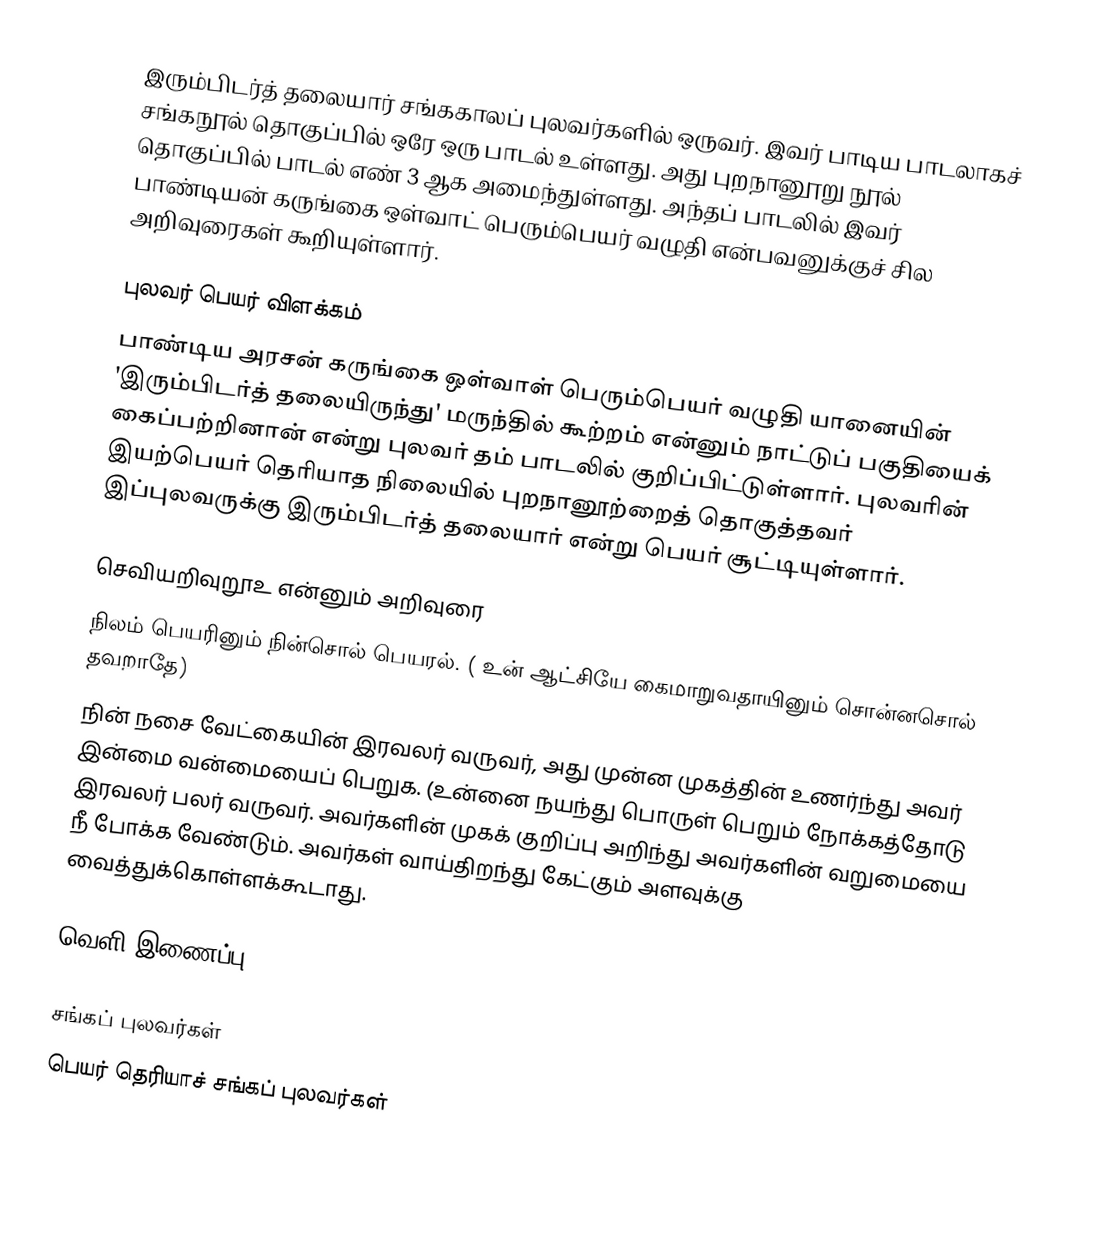
இரும்பிடர்த் தலையார் சங்ககாலப் புலவர்களில் ஒருவர். இவர் பாடிய பாடலாகச் சங்கநூல் தொகுப்பில் ஒரே ஒரு பாடல் உள்ளது. அது புறநானூறு நூல் தொகுப்பில் பாடல் எண் 3  ஆக அமைந்துள்ளது. அந்தப் பாடலில் இவர் பாண்டியன் கருங்கை ஒள்வாட் பெரும்பெயர் வழுதி என்பவனுக்குச் சில அறிவுரைகள் கூறியுள்ளார்.

புலவர் பெயர் விளக்கம்
பாண்டிய அரசன் கருங்கை ஒள்வாள் பெரும்பெயர் வழுதி யானையின் 'இரும்பிடர்த் தலையிருந்து' மருந்தில் கூற்றம் என்னும் நாட்டுப் பகுதியைக் கைப்பற்றினான் என்று புலவர் தம் பாடலில் குறிப்பிட்டுள்ளார். புலவரின் இயற்பெயர் தெரியாத நிலையில் புறநானூற்றைத் தொகுத்தவர் இப்புலவருக்கு இரும்பிடர்த் தலையார் என்று பெயர் சூட்டியுள்ளார்.

செவியறிவுறூஉ என்னும் அறிவுரை
 நிலம் பெயரினும் நின்சொல் பெயரல். ( உன் ஆட்சியே கைமாறுவதாயினும் சொன்னசொல் தவறாதே)
 நின் நசை வேட்கையின் இரவலர் வருவர், அது முன்ன முகத்தின் உணர்ந்து அவர் இன்மை வன்மையைப் பெறுக. (உன்னை நயந்து பொருள் பெறும் நோக்கத்தோடு இரவலர் பலர் வருவர். அவர்களின் முகக் குறிப்பு அறிந்து அவர்களின் வறுமையை நீ போக்க வேண்டும். அவர்கள் வாய்திறந்து கேட்கும் அளவுக்கு வைத்துக்கொள்ளக்கூடாது.

வெளி இணைப்பு

சங்கப் புலவர்கள்
பெயர் தெரியாச் சங்கப் புலவர்கள்